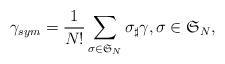
LaTeX: \begin{align*}\gamma_{sym} = \dfrac{1}{N!}\sum_{\sigma \in \mathfrak{S}_N}\sigma_{\sharp}\gamma, \sigma \in \mathfrak{S}_N,\end{align*}